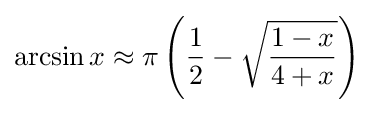
\arcsin x\approx \pi \left({\frac {1}{2}}-{\sqrt {\frac {1-x}{4+x}}}\right)